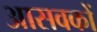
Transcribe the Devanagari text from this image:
आसवकों